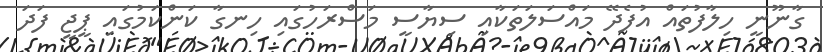
ގާނޫނީ ހިލާފުތައް އުފެދޭ މައްސަލަތަކާއި ސިޔާސީ މަސްރަހުގައި ހިނގާ ކަންކަމުގައި ޕީޖީ ފަދަ